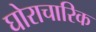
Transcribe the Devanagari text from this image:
घोराचारिक